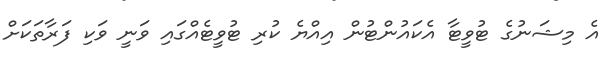
އެ މިޝަނުގެ ޓުވީޓާ އެކައުންޓުން އިއްޔެ ކުރި ޓުވީޓެއްގައި ވަނީ ވަކި ފަރާތަކަށް